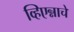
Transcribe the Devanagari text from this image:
व्हिएन्नाचे